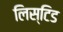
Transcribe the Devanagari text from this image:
लिस्टिड